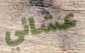
عشائي